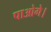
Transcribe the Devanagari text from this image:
पाओगे।